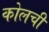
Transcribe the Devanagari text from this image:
कोलची